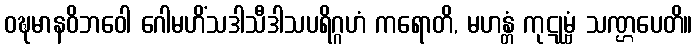
ဝဍ္ဎမာနဝိဘဝေါ ဂေါမဟိံသဒါသီဒါသပရိဂ္ဂဟံ ကရောတိ, မဟန္တံ ကုဋုမ္ဗံ သဏ္ဌပေတိ။